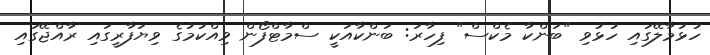
ހުޅުމާލޭގައި ހުޅުވި "ބަންކާ މެކްސް" ފިހާރަ: ބަންކާއަކީ ސްމާޓްފޯން ވިއްކުމުގެ ވިޔަފާރީގައި ރާއްޖޭގައި